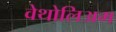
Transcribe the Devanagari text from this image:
वेथोलिअम